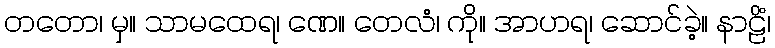
တတော၊ မှ။ သာမထေရ၊ ဏေ။ တေလံ၊ ကို။ အာဟရ၊ ဆောင်ခဲ့။ နာဠိံ၊